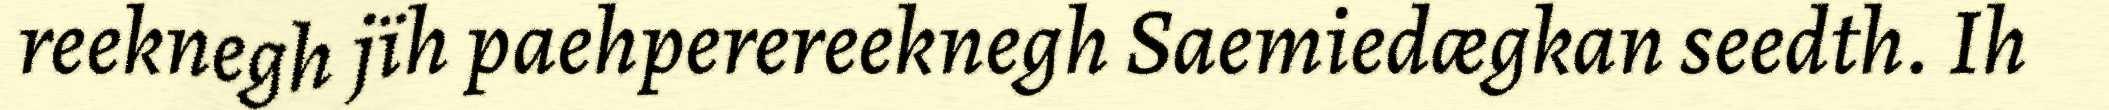
reeknegh jïh paehperereeknegh Saemiedægkan seedth. Ih